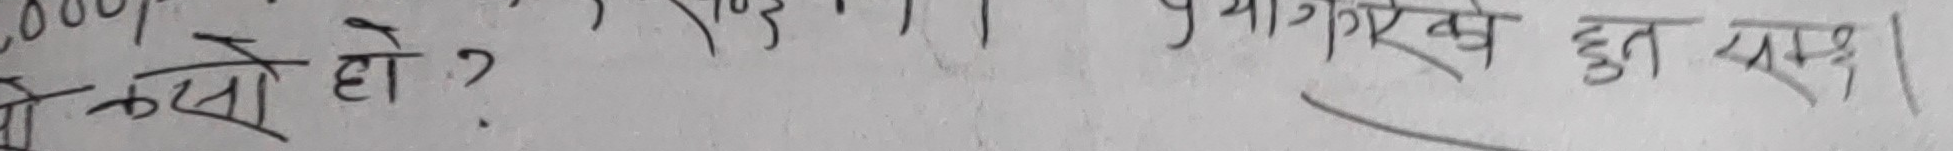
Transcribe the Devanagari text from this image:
800 ) | क्यो हो? | क्याक से कुछ सव।